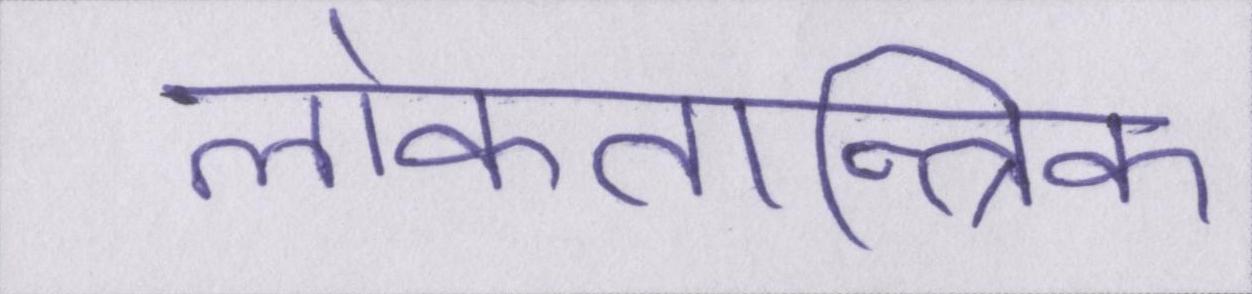
लोकतान्त्रिक